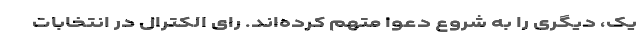
یک، دیگری را به شروع دعوا متهم کرده‌اند. رای الکترال در انتخابات